Lunatic asylums in Bengal annual reports 1899-1911 - 1899-1911
Year: 1899
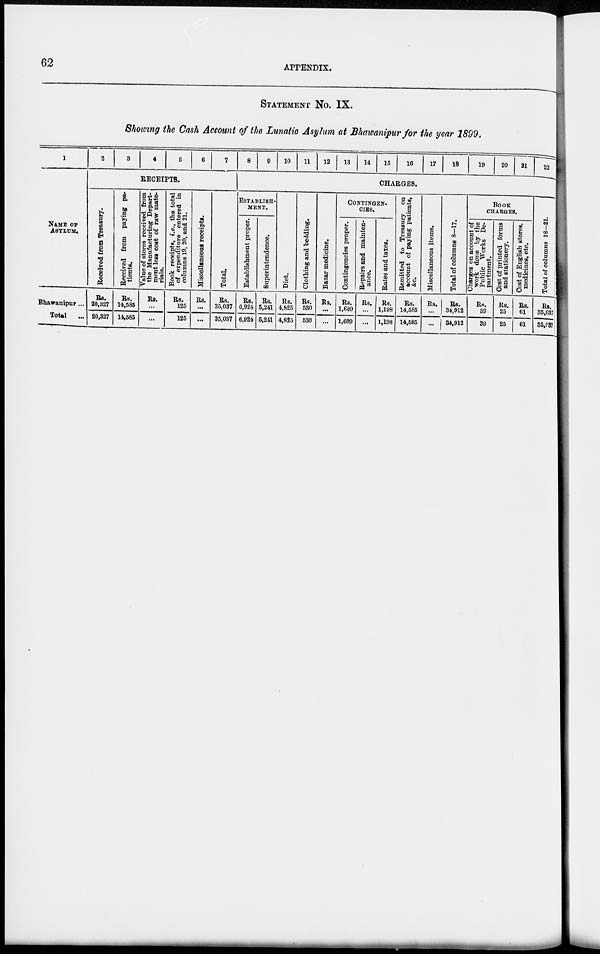
62
APPENDIX.
STATEMENT No. IX.
Showing the Cash Account of the Lunatic Asylum at Bhawanipur for the year 1899.
1
NAME OF
ASYLUM.
Bhawanipur...
Total
...
2
3
4
5
6
7
RECEIPTS.
Received from Treasury.
Rs.
20,327
20,327
Received from paying pa-
tients.
Rs.
14,585
14,585
Value of stores received from
the Manufacturing Depart-
ment legs cost of raw mate-
rials.
Rs.
...
...
Book receipts, i.e., the total
of expenditure entered in
columns 19, 20, and 21.
Rs.
125
125
Miscellaneous receipts.
Rs.
...
...
Total.
Rs.
35,037
35,037
8
9
10
11
12
13
14
15
16
17
18
19
20
21
22
CHARGES.
ESTABLISH-
----.
Establishment proper.
Rs.
6,924
6,924
Superintendence.
Rs.
5,241
5,241
Diet.
Rs.
4,825
4,825
Clothing and bedding.
Rs.
530
530
Bazar medicine.
Rs.
...
...
CONTINGEN-
----.
Contingencies proper.
Rs.
1,609
1,609
Repairs and mainten-
ance.
Rs.
...
...
Rates and taxes.
Rs.
1,198
1,198
Remitted to Treasury on
account of paying patients,
&c.
Rs.
14,585
14,585
Miscellaneous items.
Rs.
...
...
Total of columns 8—17.
Rs.
34,912
34,912
BOOK
CHARGES.
Charges on account of
work done by the
Public Works De-
partment.
Rs.
39
39
Cost of printed forms
and stationery.
Rs.
25
25
Cost of English stores,
medicines, etc.
Rs.
61
61
Total of columns 18—21.
Rs.
35,037
35,037